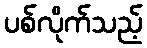
ပစ်လိုက်သည့်